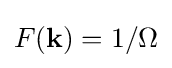
F(\mathbf {k} )=1/\Omega